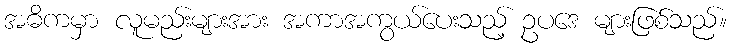
အဓိကမှာ လူမည်းများအား အကာအကွယ်ပေးသည့် ဥပဒေ များဖြစ်သည်။